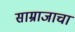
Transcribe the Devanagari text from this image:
साम्राजाचा